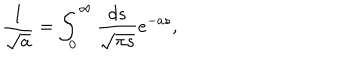
\frac { 1 } { \sqrt { a } } = \int _ { 0 } ^ { \infty } \frac { d s } { \sqrt { \pi s } } e ^ { - a s } ,